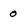
Character: 0